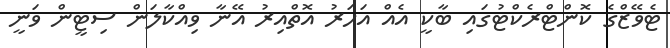
ޓެވޭޒްގެ ކޮންޓްރެކްޓުގައި ބާކީ އެއް އަހަރު އޮތްއިރު އޭނާ ވިއްކާލަން ސިޓީން ވަނީ